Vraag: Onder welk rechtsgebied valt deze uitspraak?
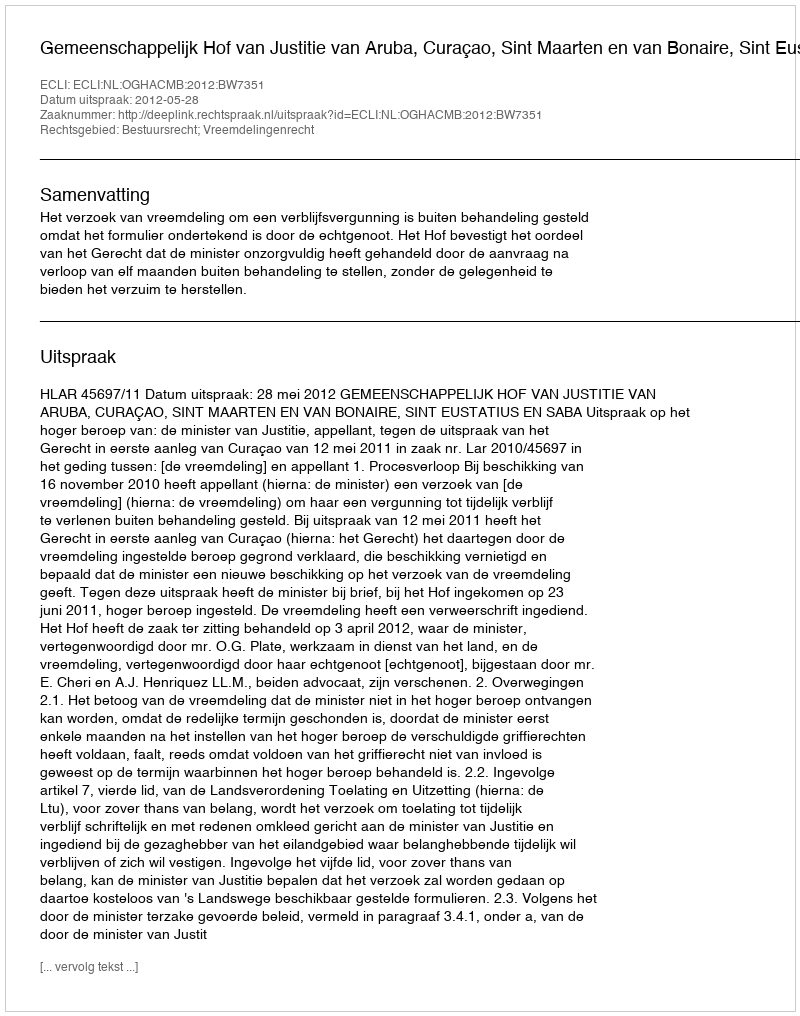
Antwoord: Bestuursrecht; Vreemdelingenrecht